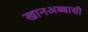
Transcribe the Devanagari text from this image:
खानअब्बासी